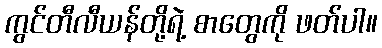
ကွင်တီလီယန်တို့ရဲ့ စာတွေကို ဖတ်ပါ။